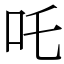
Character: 吒